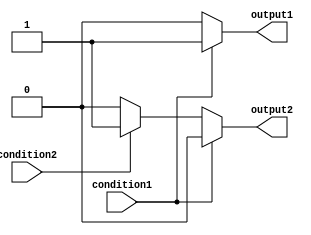
module multiple_if_else (
    input wire condition1,
    input wire condition2,
    output reg output1,
    output reg output2
);

always @ (condition1 or condition2)
begin
    if (condition1)
    begin
        output1 <= 1;
        output2 <= 0;
    end
    else if (condition2)
    begin
        output1 <= 0;
        output2 <= 1;
    end
    else
    begin
        output1 <= 0;
        output2 <= 0;
    end
end

endmodule